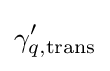
\gamma _{q,{\rm {trans}}}^{\prime }